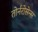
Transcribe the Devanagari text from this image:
तोर्नरोसेन्स